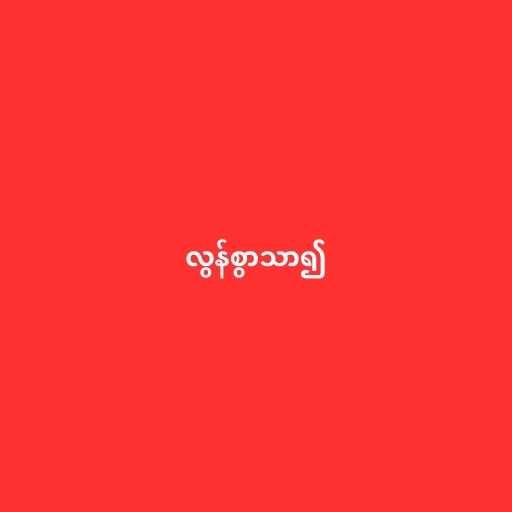
လွန်စွာသာ၍